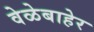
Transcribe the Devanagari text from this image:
वेळेबाहेर